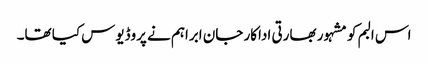
اس البم کو مشہور بھارتی اداکار جان ابراہم نے پروڈیوس کیا تھا۔